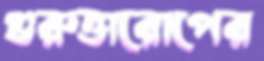
গুরুত্তারোপের